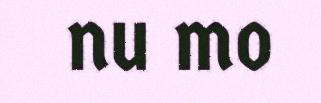
nu mo